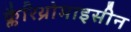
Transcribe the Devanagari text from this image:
क्लैरिथ्रोमाइसीन